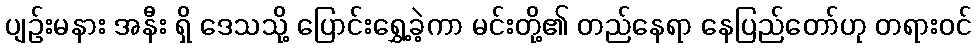
ပျဉ်းမနား အနီး ရှိ ဒေသသို့ ပြောင်းရွှေ့ခဲ့ကာ မင်းတို့၏ တည်နေရာ နေပြည်တော်ဟု တရားဝင်